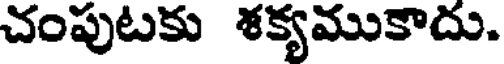
చంపుటకు ళక్యముకాదు.